Report of the Municipal Commissioner on the plague in Bombay for the year ending 31st May... - Volume 3
Disease focus: Plague
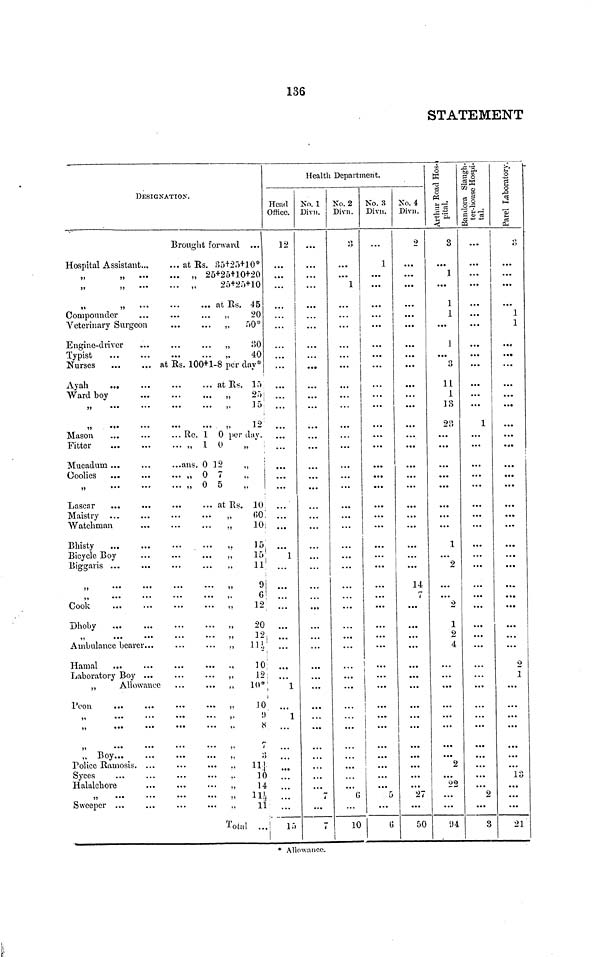
136
STATEMENT
DESIGNATION.
Hospital Assistant...
Compounder
Veterinary Surgeon
Engine-driver
Typist
Nurses
Ward boy
Mason
Fitter
Mucadum ...
Coolies
Maistry
Watchman
Bhisty
Bicycle Boy
Biggaris ...
Cook
Dhoby
Ambulance bearer...
Laboratory Boy ...
„
Allowance
Toon
„ Boy
Police Ramosis. ..
Syces
Halalchore
Sweeper ...
Brought forward ...
at Rs. 35+25+10*
25+25+10+20
25+25+10
at Rs. 45
20
50*
„
30
„
40
at Rs. 100+1-8 per day*
at Rs. 15
25
15
„
12
... Re. 1 0 per day.
... „ 1 0
...ans. 0 12
... „0
7
... „ 0 5
at Rs. 10
60
10
15
15
11
9
6
12
20
12
111
10
„
12
„
10*
,,
10
,,
9
8
7
3
11
,.
10
14
11
11
Total ...
Head
Office.
12
...
1
1
1
...
15
Health Department.
No. 1
Divn.
...
7
7
No. 2
Divn.
1
...
...
6
...
10
No. 3
Divn.
...
1
...
1
| ...
...
5
6
No. 4
Divn.
2
14
...
27
50
Arthur Road Hospital.
3
1
1
1
1
8
11
1
13
23
1
2
2
1
2
4
2
22
94
Bandora Slaughter-house Hospital.
...
...
...
...
...
...
1
...
...
...
2
3
Parel Laboratory.
3
...
1
1
...
...
9
1
13
21
* Allowance.